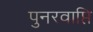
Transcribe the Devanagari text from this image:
पुनरवाप्ति